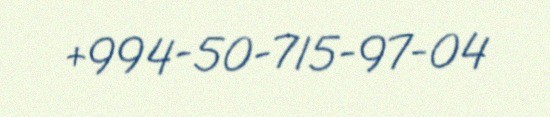
+994-50-715-97-04